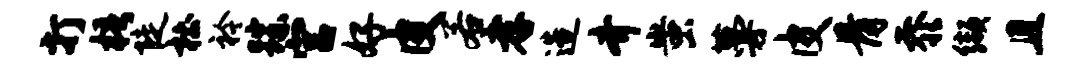
打梧陡杜衿踪宫好皮若孝造齐蚩蔓皮骨忝缬且